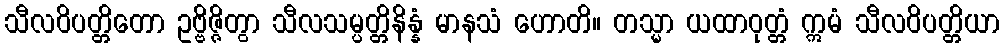
သီလဝိပတ္တိတော ဥဗ္ဗိဇ္ဇိတွာ သီလသမ္ပတ္တိနိန္နံ မာနသံ ဟောတိ။ တသ္မာ ယထာဝုတ္တံ ဣမံ သီလဝိပတ္တိယာ